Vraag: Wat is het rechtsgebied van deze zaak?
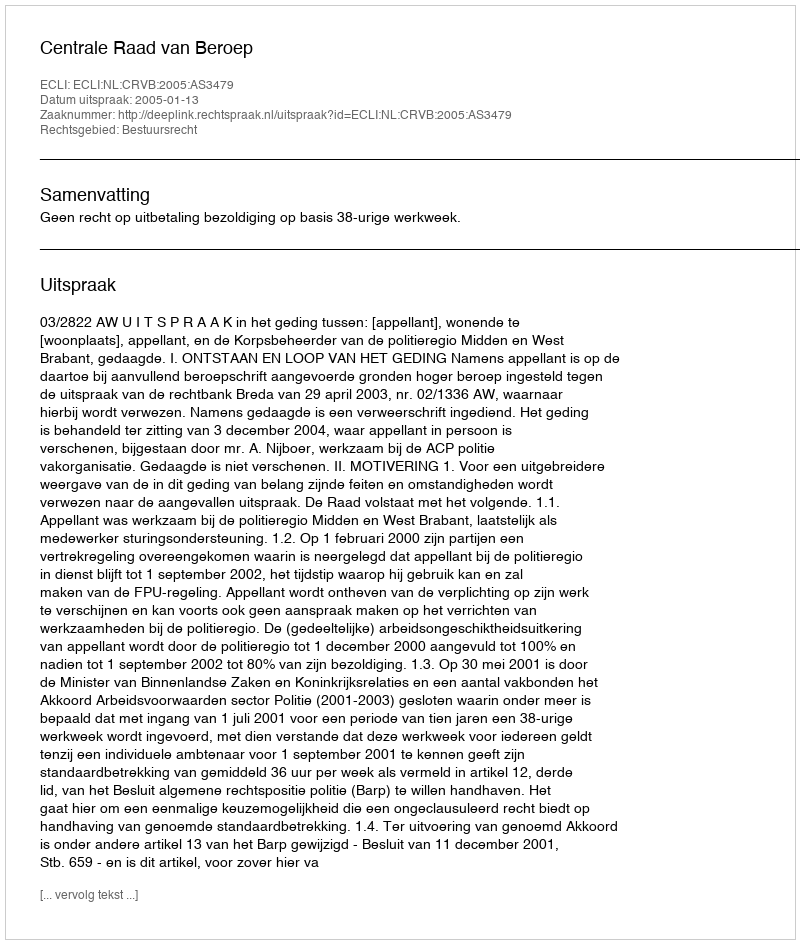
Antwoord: Bestuursrecht